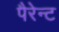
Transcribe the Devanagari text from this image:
पैरेन्ट